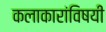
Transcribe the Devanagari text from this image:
कलाकारांविषयी